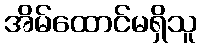
အိမ်ထောင်မရှိသူ